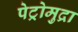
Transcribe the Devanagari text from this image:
पेट्रोमुद्रा